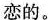
恋的。